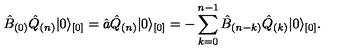
\hat { B } _ { ( 0 ) } \hat { Q } _ { ( n ) } \vert 0 \rangle _ { [ 0 ] } = \hat { a } \hat { Q } _ { ( n ) } \vert 0 \rangle _ { [ 0 ] } = - \sum _ { k = 0 } ^ { n - 1 } \hat { B } _ { ( n - k ) } \hat { Q } _ { ( k ) } \vert 0 \rangle _ { [ 0 ] } .